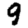
Digit: 9